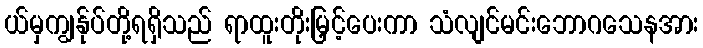
ယ်မှကျွန်ုပ်တို့ရရှိသည် ရာထူးတိုးမြှင့်ပေးကာ သံလျင်မင်းဘောဂသေနအား